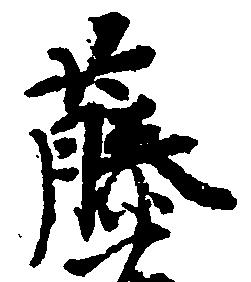
藤